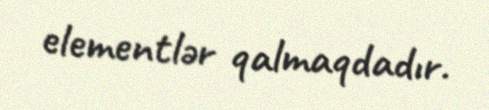
elementlər qalmaqdadır.